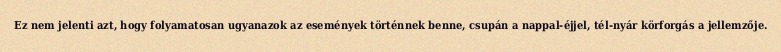
Ez nem jelenti azt, hogy folyamatosan ugyanazok az események történnek benne, csupán a nappal-éjjel, tél-nyár körforgás a jellemzője.